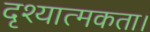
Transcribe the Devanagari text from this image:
दृश्यात्मकता।